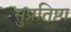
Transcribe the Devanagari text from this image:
सुप्रतिष्ठा